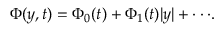
\Phi ( y , t ) = \Phi _ { 0 } ( t ) + \Phi _ { 1 } ( t ) \vert y \vert + \cdot \cdot \cdot .